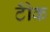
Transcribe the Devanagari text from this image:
टोँक